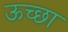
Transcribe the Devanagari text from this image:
ऊच्छा